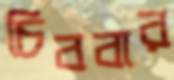
চিববার